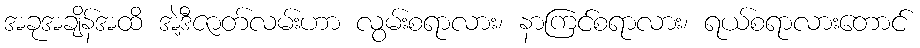
အခုအချိန်အထိ အဲ့ဒီဇာတ်လမ်းဟာ လွမ်းစရာလား၊ နာကြင်စရာလား၊ ရယ်စရာလားတောင်